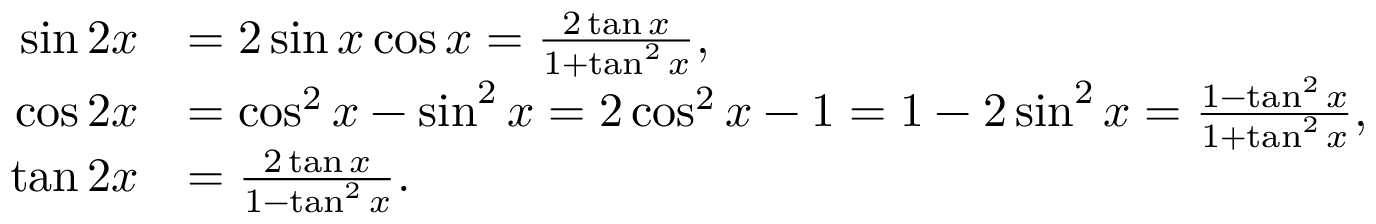
{ \begin{array} { r l } { \sin 2 x } & { = 2 \sin x \cos x = { \frac { 2 \tan x } { 1 + \tan ^ { 2 } x } } , } \\ { \cos 2 x } & { = \cos ^ { 2 } x - \sin ^ { 2 } x = 2 \cos ^ { 2 } x - 1 = 1 - 2 \sin ^ { 2 } x = { \frac { 1 - \tan ^ { 2 } x } { 1 + \tan ^ { 2 } x } } , } \\ { \tan 2 x } & { = { \frac { 2 \tan x } { 1 - \tan ^ { 2 } x } } . } \end{array} }